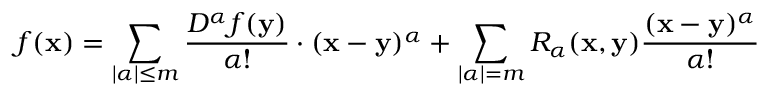
f ( { \mathbf { x } } ) = \sum _ { | \alpha | \leq m } { \frac { D ^ { \alpha } f ( { \mathbf { y } } ) } { \alpha ! } } \cdot ( { \mathbf { x } } - { \mathbf { y } } ) ^ { \alpha } + \sum _ { | \alpha | = m } R _ { \alpha } ( { \mathbf { x } } , { \mathbf { y } } ) { \frac { ( { \mathbf { x } } - { \mathbf { y } } ) ^ { \alpha } } { \alpha ! } }